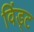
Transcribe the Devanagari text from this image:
विंड्ट